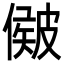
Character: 𥀃